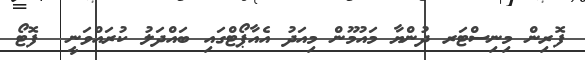
ފޮރިން މިނިސްޓަރ ދުންޔާ މައުމޫން މިއަދު އެއާޕޯޓްގައި ބައްދަލު ކުރައްވަނީ  ފޮޓޯ